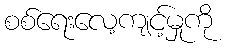
စစ်ရေးလေ့ကျင့်မှုကို